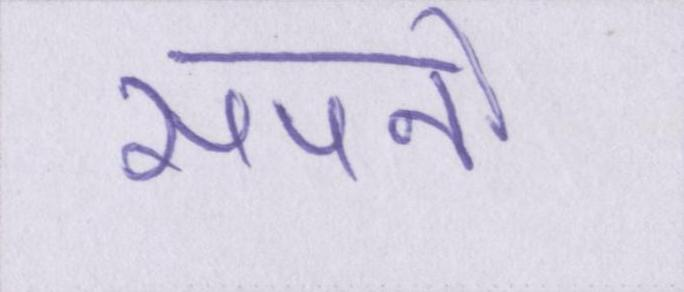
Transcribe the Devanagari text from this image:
सपनो